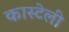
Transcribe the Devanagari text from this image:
कास्टेली